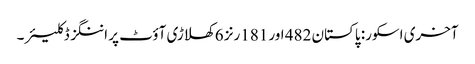
آخری اسکور: پاکستان 482 اور 181رنز 6 کھلاڑی آؤٹ پر اننگز ڈکلیئر۔